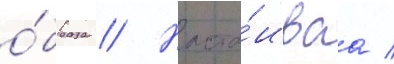
о́браза // Наста́иваа /